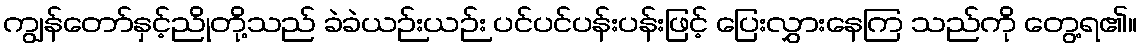
ကျွန်တော်နှင့်ညိုတို့သည် ခဲခဲယဉ်းယဉ်း ပင်ပင်ပန်းပန်းဖြင့် ပြေးလွှားနေကြ သည်ကို တွေ့ရ၏။